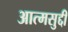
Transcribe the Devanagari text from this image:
आत्मसुद्दी